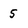
Character: 5